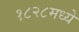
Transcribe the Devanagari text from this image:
१८२८मध्ये